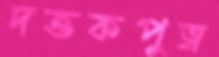
দত্তকপুত্র